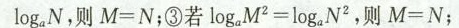
log _ { a }N$$，则$$M = N$$ ；③若$$l o g_{ a } M^{ 2 } = log_{ a }N^{ 2 }$$，则$$M = N$$；